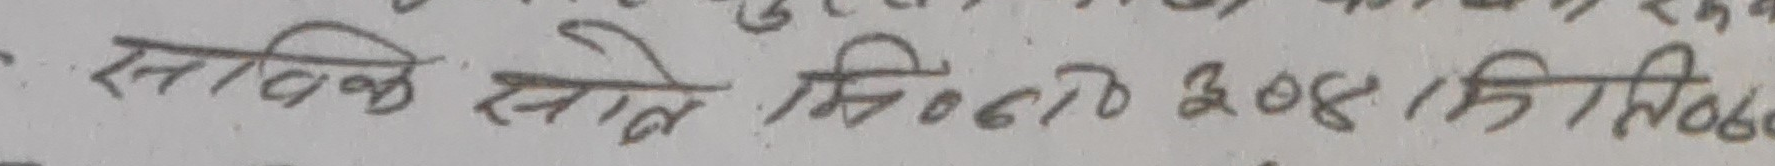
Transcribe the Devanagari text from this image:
सतिब्ल साहि मिति ६७० २०४ / कितिब